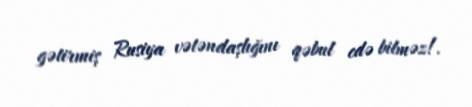
gətirmiş Rusiya vətəndaşlığını qəbul edə bilməz!.